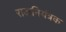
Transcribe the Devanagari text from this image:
राजनियंत्रक